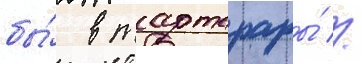
бы́ в тартарары́ //